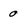
Character: 0